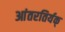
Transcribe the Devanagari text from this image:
आंतरतिर्यक्‌